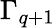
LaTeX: \Gamma_{q+1}